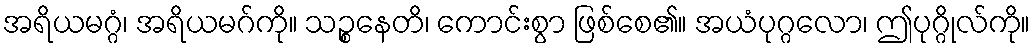
အရိယမဂ္ဂံ၊ အရိယမဂ်ကို။ သဉ္စနေတိ၊ ကောင်းစွာ ဖြစ်စေ၏။ အယံပုဂ္ဂလော၊ ဤပုဂ္ဂိုလ်ကို။